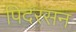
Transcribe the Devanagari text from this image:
पिदरसन